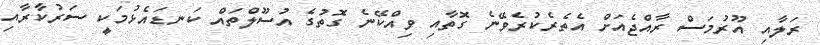
ރަލާއި އޫރުމަސް ރާއްޖެއަށް އެތެރެކުރެވޭނެ ގޮތާއި ވިއްކޭނެ ގޮތުގެ އުސޫލްތައް ކަނޑައެޅުމަކީ ސަރުކާރާއި